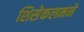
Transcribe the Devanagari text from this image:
शिसेकलमने